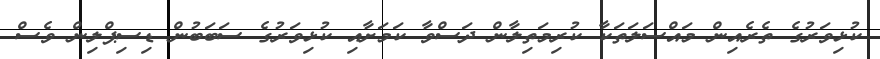
ކުޅިވަރުގެ ތެރެއިން މައްސަލަތަކާ ކުރިމަތިލާން ދަސްވާ ކަމަށާއި ކުޅިވަރުގެ ސަަބަބުން ޑިސިޕްލިން ވެސް